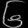
Digit: ၆